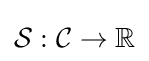
{\mathcal {S}}:{\mathcal {C}}\rightarrow \mathbb {R}